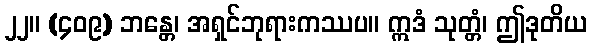
၂၂။ (၄၀၉) ဘန္တေ၊ အရှင်ဘုရားကဿပ။ ဣဒံ သုတ္တံ၊ ဤဒုတိယ